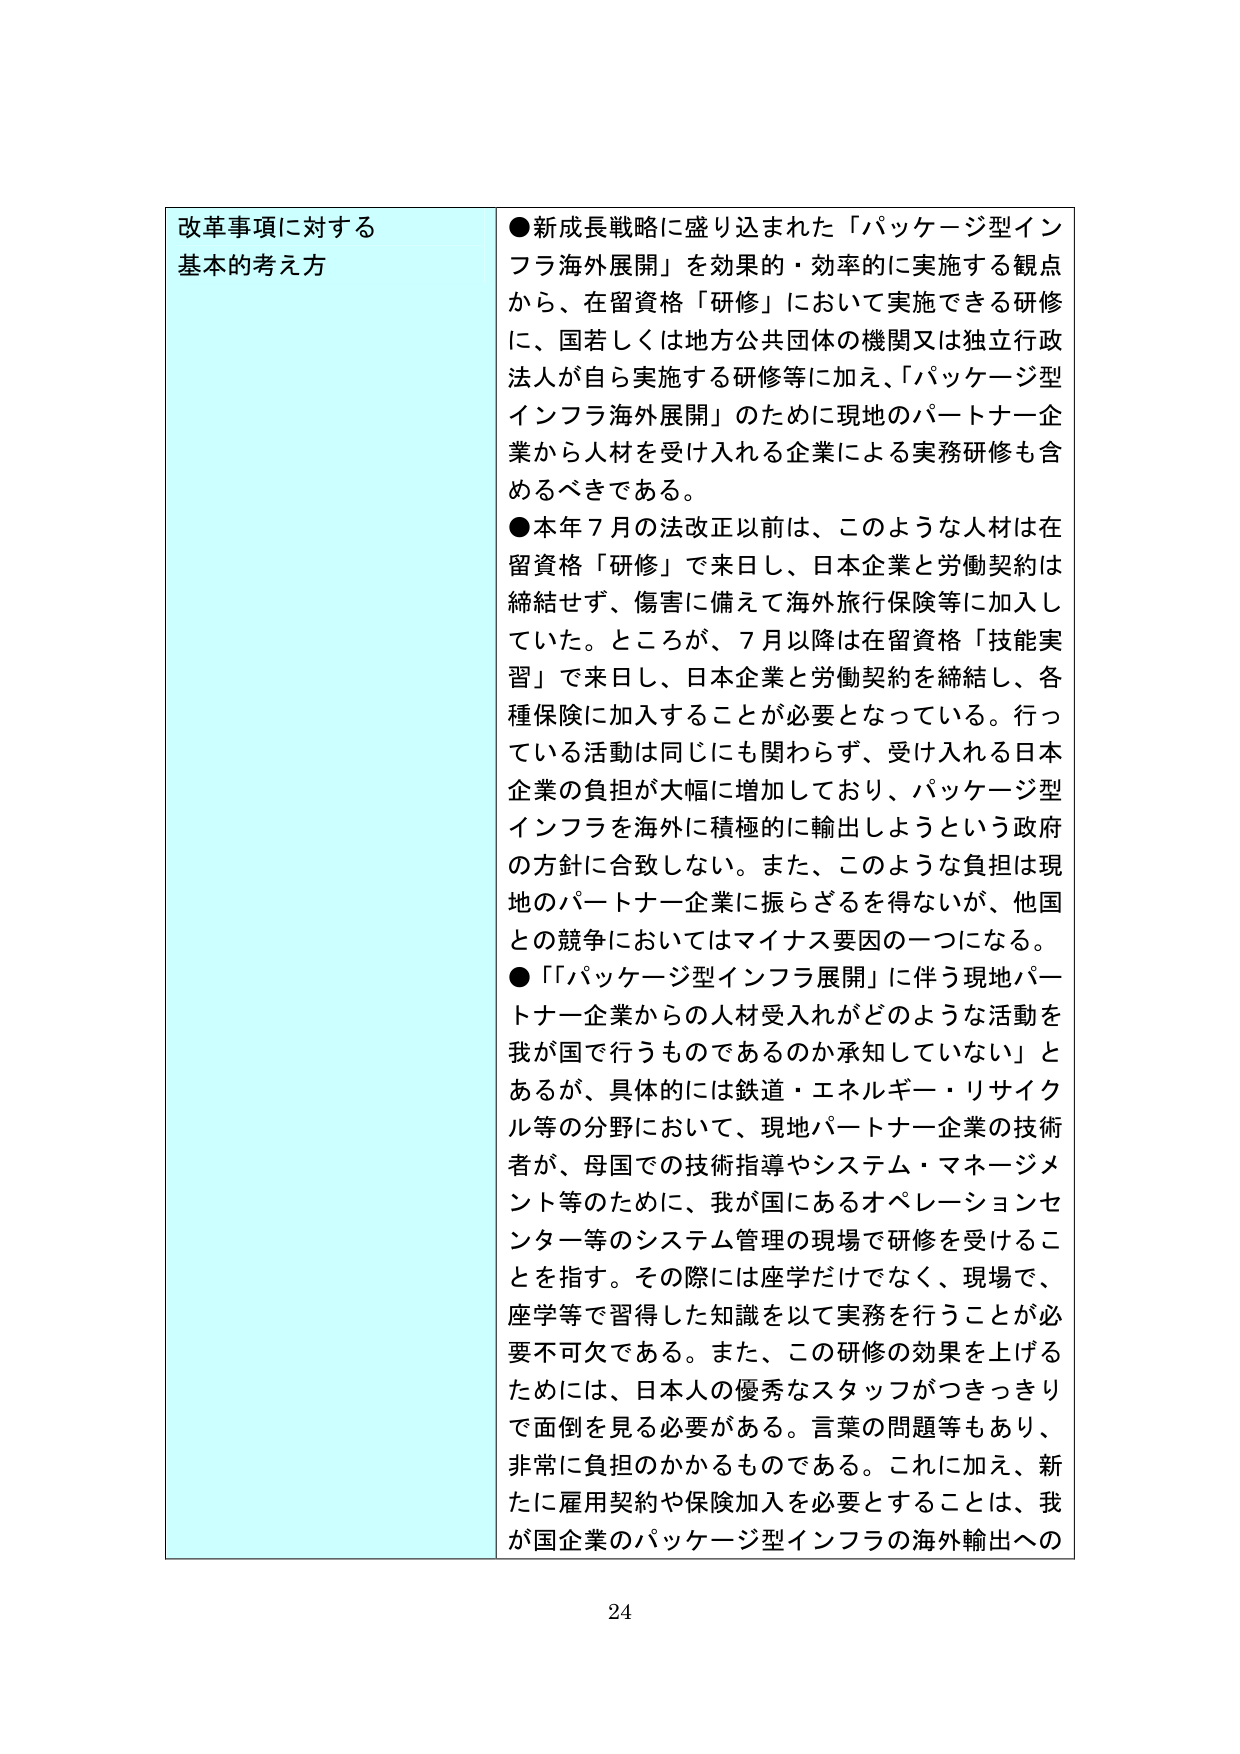
改革事項に対する
基本的考え方

●新成長戦略に盛り込まれた「パッケージ型インフラ海外展開」を効果的・効率的に実施する観点から、在留資格「研修」において実施できる研修に、国若しくは地方公共団体の機関又は独立行政法人が自ら実施する研修等に加え、「パッケージ型インフラ海外展開」のために現地のパートナー企業から人材を受け入れる企業による実務研修も含めるべきである。

●本年7月の法改正以前は、このような人材は在留資格「研修」で来日し、日本企業と労働契約は締結せず、傷害に備えて海外旅行保険等に加入していた。ところが、7月以降は在留資格「技能実習」で来日し、日本企業と労働契約を締結し、各種保険に加入することが必要となっている。行っている活動は同じにも関わらず、受け入れる日本企業の負担が大幅に増加しており、パッケージ型インフラを海外に積極的に輸出しようという政府の方針に合致しない。また、このような負担は現地のパートナー企業に振らざるを得ないが、他国との競争においてはマイナス要因の一つになる。

●「『パッケージ型インフラ展開』に伴う現地パートナー企業からの人材受入れがどのような活動を我が国で行うものであるのか承知していない」とあるが、具体的には鉄道・エネルギー・リサイクル等の分野において、現地パートナー企業の技術者が、母国での技術指導やシステム・マネージメント等のために、我が国にあるオペレーションセンター等のシステム管理の現場で研修を受けることを指す。その際には座学だけでなく、現場で、座学等で習得した知識を以て実務を行うことが必要不可欠である。また、この研修の効果を上げるためにには、日本人の優秀なスタッフがつきっきりで面倒を見る必要がある。言葉の問題等もあり、非常に負担のかかるものである。これに加え、新たに雇用契約や保険加入を必要とすることは、我が国企業のパッケージ型インフラの海外輸出への

24